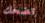
تضحك